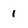
Character: 1